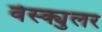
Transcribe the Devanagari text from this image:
वेस्क्युलर